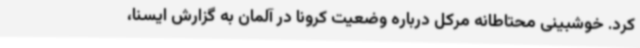
کرد. خوشبینی محتاطانه مرکل درباره وضعیت کرونا در آلمان به گزارش ایسنا،